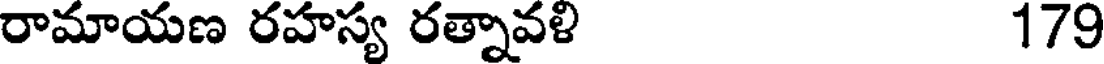
రామాయణ రహస్య రత్నావళి 179